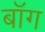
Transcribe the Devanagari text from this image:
बॉग